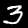
Label: 3